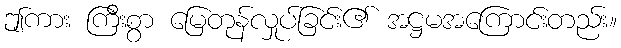
ဤကား ကြီးစွာ မြေတုန်လှုပ်ခြင်း၏ အဋ္ဌမအကြောင်းတည်း။